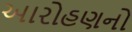
આરોહણનો